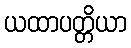
ယထာပတ္တိယာ